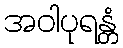
အဝါပုရန္တံ